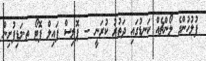
ފުލުހުންގެ ލޯންޗެއް ކަނޑުގައި ދަތުރު ކުރަނީ -- ޕޮލިސް ފައިލް ފޮޓޯ ތ.މަޑިފުށިން